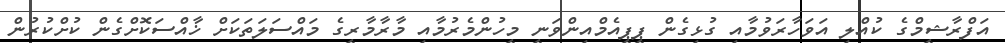
އަފްރާޝީމްގެ ކުއްލި އަވަހާރަވުމާއި ގުޅިގެން ޕީޕީއެމްއިންވަނީ މީހުންމެރުމާއި މާރާމާރީގެ މައްސަލަތަކަށް ޚާއްސަކޮށްގެން ކުށްކުރުން